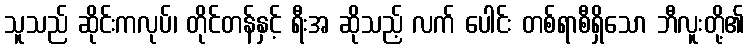
သူသည် ဆိုင်းကလုပ်၊ တိုင်တန်နှင့် ရီးအ ဆိုသည့် လက် ပေါင်း တစ်ရာစီရှိသော ဘီလူးတို့၏